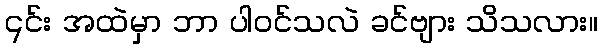
၎င်း အထဲမှာ ဘာ ပါဝင်သလဲ ခင်ဗျား သိသလား။